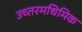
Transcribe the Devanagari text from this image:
उच्तरमधिमिक